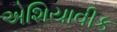
એશિયાવીક